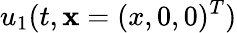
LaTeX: u_{1}(t,\mathbf{x}=(x,0,0)^{T})